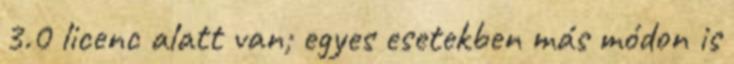
3.0 licenc alatt van; egyes esetekben más módon is